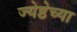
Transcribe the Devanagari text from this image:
ज्येष्ठेच्या